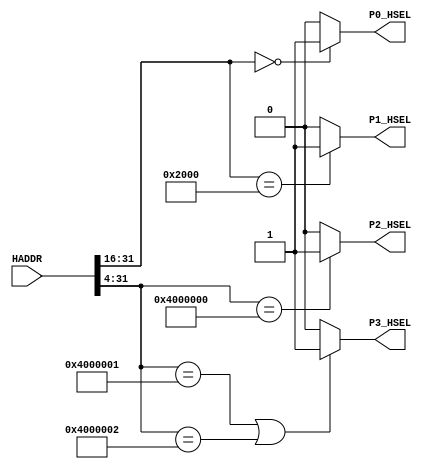
module AHBlite_Decoder
#(
    /*RAMCODE enable parameter*/
    parameter Port0_en = 1,
    /************************/

    /*RAMDATA enable parameter*/
    parameter Port1_en = 1,
    /************************/

    /*Keyboard enable parameter*/
    parameter Port2_en = 1,
    /************************/

    /*LCD enable parameter*/
    parameter Port3_en = 1
    /************************/
)(
    input [31:0] HADDR,

    /*RAMCODE OUTPUT SELECTION SIGNAL*/
    output wire P0_HSEL,

    /*Keyboard OUTPUT SELECTION SIGNAL*/
    output wire P1_HSEL,

    /*RAMDATA OUTPUT SELECTION SIGNAL*/
    output wire P2_HSEL,

    /*LCD OUTPUT SELECTION SIGNAL*/
    output wire P3_HSEL       
);

//RAMCODE-----------------------------------

//0x00000000-0x0000ffff
/*Insert RAMCODE decoder code there*/
assign P0_HSEL = (HADDR[31:16] == 16'h0000) ? Port0_en : 1'b0; 
/***********************************/

//RAMDATA-----------------------------

//0X20000000-0X2000FFFF
/*Insert RAMDATA decoder code there*/
assign P1_HSEL = (HADDR[31:16] == 16'h2000) ? Port1_en : 1'b0; 
/***********************************/

//PERIPHRAL-----------------------------

//0X40000000 key_data/key_clear
/*Insert Keyboard decoder code there*/
assign P2_HSEL = (HADDR[31:4] == 28'h4000000) ? Port2_en : 1'b0; 
/***********************************/

//0X40000010 LCD rstn 
//0X40000014 LCD en
//0X40000018 LCD ini_en
//0X4000001c LCD color_en
//0X40000020 LCD set_sc
//0X40000024 LCD set_ec
//0X40000028 LCD set_sp
//0X4000002c LCD set_ep
/*Insert LCD decoder code there*/
assign P3_HSEL = (HADDR[31:4] == 28'h4000001 || HADDR[31:4] == 28'h4000002) ? Port3_en : 1'b0;
/***********************************/


endmodule